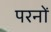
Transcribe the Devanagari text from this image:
परनों